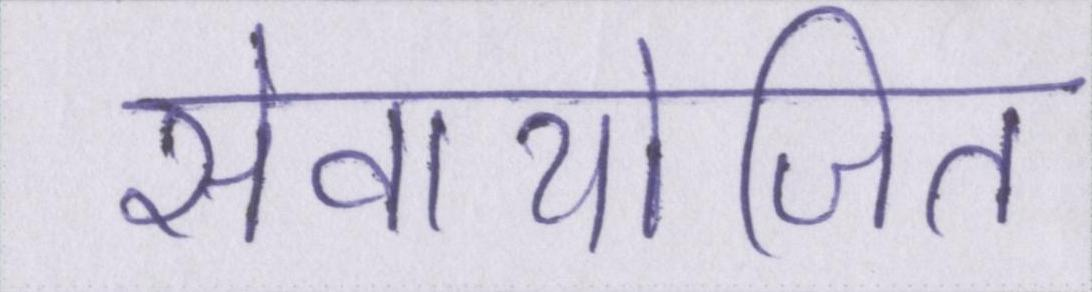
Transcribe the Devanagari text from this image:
सेवायोजित